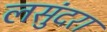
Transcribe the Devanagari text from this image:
लसुंदरा